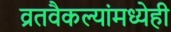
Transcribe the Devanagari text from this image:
व्रतवैकल्यांमध्येही